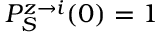
P _ { S } ^ { z \rightarrow i } ( 0 ) = 1